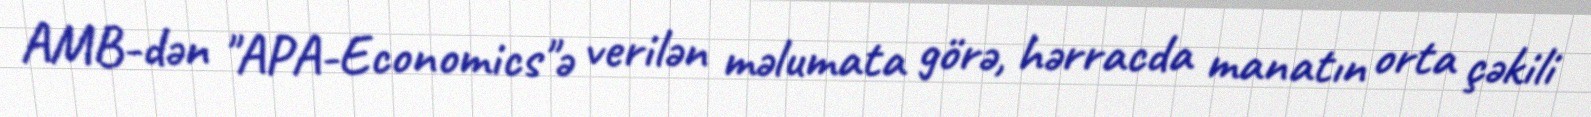
AMB-dən "APA-Economics"ə verilən məlumata görə, hərracda manatın orta çəkili